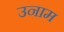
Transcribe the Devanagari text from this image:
उनाम